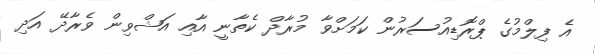
އެ ފިލްމުގެ ޕްރޮޑިއުސަރުން ކަމަށްވާ މުރާދް ކެތާނީ އާއި އަޝްވިން ވެރާދޭ އަދި